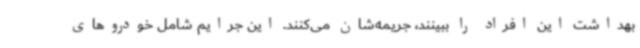
بهداشت این افراد را ببینند، جریمه‌شان می‌کنند. این جرایم شامل خودروهای